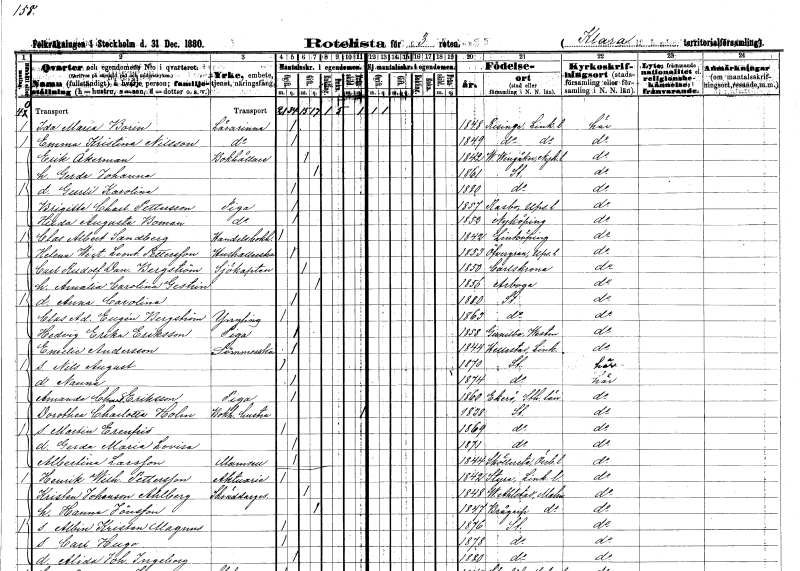
gt_parse: households: individuals: FN: Ida Maria
EN: Borin
YRKE: Lärarinna
KON: K
CIV: O
FODAR: 1848
FODFORS: Risinge Östergötlands län
FN: Emma Kristina
EN: Nilsson
YRKE: Lärarinna
KON: K
CIV: O
FODAR: 1849
FODFORS: Risinge Östergötlands län
FN: Erik
EN: Åkerman
YRKE: Bokhållare
KON: M
CIV: G
FODAR: 1842
FODFORS: Västra Vingåker Södermanlands län
FN: Gerda Johanna
KON: K
CIV: G
FODAR: 1861
FODFORS: Stockholm
FN: Gurli Karolina
KON: K
CIV: O
FODAR: 1880
FODFORS: Stockholm
FN: Brigitta Charlotta
EN: Pettersson
YRKE: Piga
KON: K
CIV: O
FODAR: 1857
FODFORS: Rasbo Uppsala län
FN: Hilda Augusta
EN: Boman
YRKE: Piga
KON: K
CIV: O
FODAR: 1852
FODFORS: Nyköping Södermanlands län
FN: Clas Albert
EN: Sandberg
YRKE: Handelsbokhållare
KON: M
CIV: O
FODAR: 1842
FODFORS: Linköping Östergötlands län
FN: Helena Wictoria Leontina
EN: Pettersson
YRKE: Hushållerska
KON: K
CIV: O
FODAR: 1853
FODFORS: Övergran Uppsala län
FN: Carl Rudolf Daniel
EN: Bergström
YRKE: Sjökapten
KON: M
CIV: G
FODAR: 1850
FODFORS: Karlskrona Blekinge län
FN: Amalia Carolina
EN: Gestrin
KON: K
CIV: G
FODAR: 1856
FODFORS: Arboga Västmanlands län
FN: Anna Carolina
KON: K
CIV: O
FODAR: 1880
FODFORS: Stockholm
FN: Clas Adolf Eugén
EN: Bergström
KON: M
CIV: O
FODAR: 1863
FODFORS: Stockholm
FN: Hedvig Erika
EN: Eriksson
YRKE: Piga
KON: K
CIV: O
FODAR: 1858
FODFORS: Gunnilbo Västmanlands län
FN: Emelie
EN: Andersson
YRKE: Sömmerska
KON: K
CIV: O
FODAR: 1844
FODFORS: Hällestad Östergötlands län
FN: Nils August
KON: M
CIV: O
FODAR: 1870
FODFORS: Stockholm
FN: Nanna
KON: K
CIV: O
FODAR: 1874
FODFORS: Stockholm
FN: Amanda Charlotta
EN: Eriksson
YRKE: Piga
KON: K
CIV: O
FODAR: 1860
FODFORS: Ekerö Stockholms län
FN: Dorothea Charlotta
EN: Holm
YRKE: Bokhållarehustru
KON: K
CIV: X
FODAR: 1838
FODFORS: Stockholm
FN: Martin Erenfrid
KON: M
CIV: O
FODAR: 1869
FODFORS: Stockholm
FN: Gerda Maria Lovisa
KON: K
CIV: O
FODAR: 1871
FODFORS: Stockholm
FN: Albertina
EN: Larsson
KON: K
CIV: O
FODAR: 1844
FODFORS: Sköllersta Örebro län
FN: Henrik Wilhelm
EN: Pettersson
YRKE: Aktuarie
KON: M
CIV: O
FODAR: 1842
FODFORS: Styra Östergötlands län
FN: Kristen
EN: Johanson Ahlberg
YRKE: Skräddaregesäll
KON: M
CIV: G
FODAR: 1848
FODFORS: Västra Alstad Malmöhus län
FN: Hanna
EN: Jönsson
KON: K
CIV: G
FODAR: 1847
FODFORS: Brågarp Malmöhus län
FN: Albin Kristen Magnus
KON: M
CIV: O
FODAR: 1876
FODFORS: Stockholm
FN: Carl Hugo
KON: M
CIV: O
FODAR: 1878
FODFORS: Stockholm
FN: Alida Johanna Ingeborg
KON: K
CIV: O
FODAR: 1880
FODFORS: Stockholm